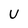
Character: U